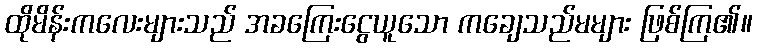
ထိုမိန်းကလေးများသည် အခကြေးငွေယူသော ကချေသည်မများ ဖြစ်ကြ၏။